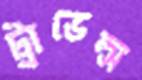
ট্রাভেল্স